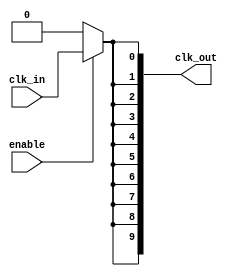
module HighFanoutClockBuffer (
    input wire clk_in,             // Clock input
    input wire enable,             // Control signal to enable/disable clock output
    output wire [N-1:0] clk_out    // Array of clock outputs
);
    parameter N = 10;              // Number of outputs
    parameter DELAY = 1;           // Propagation delay (in simulation, can be adjusted)

    // Internal signal to hold buffered clock
    wire clk_buffered;

    // Clock shaping buffer with delay
    // You can replace this with a more complex buffer design if needed
    assign #DELAY clk_buffered = clk_in;

    // Generate multiple clock outputs
    genvar i;
    generate
        for (i = 0; i < N; i = i + 1) begin : clock_gen
            assign clk_out[i] = enable ? clk_buffered : 1'b0; // Output clock is driven only when enabled
        end
    endgenerate

endmodule